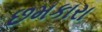
છમકારા